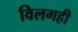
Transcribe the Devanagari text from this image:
विलगही